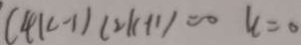
( 4 k - 1 ) ( 2 k + 1 ) = 0 u = 0